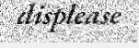
displease